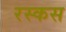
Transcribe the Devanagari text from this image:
रस्कस